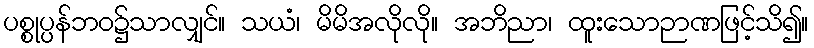
ပစ္စုပ္ပန်ဘဝ၌သာလျှင်။ သယံ၊ မိမိအလိုလို။ အဘိညာ၊ ထူးသောဉာဏဖြင့်သိ၍။